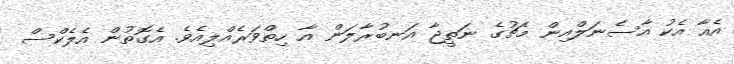
އެއާ އެކު އާސެނަލްއިން މެޗުގެ ނަތީޖާ އަނބުރާލަން އާ ހިތްވަރެއްލިއެވެ. އެގޮތުން އެލެކްސް